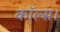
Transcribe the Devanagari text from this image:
कॉल्‍स।